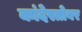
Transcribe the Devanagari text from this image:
कांदेस्तोबर